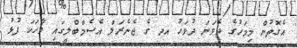
އެގޮތުން މިމަހުގެ ދެވަނަ ދުވަހު އދ ގެ ޖެނެރަލް އެސެމްބްލީގައި ވާހަކަ ފުޅު